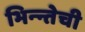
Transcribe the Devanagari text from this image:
भिन्न्तेची